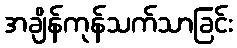
အချိန်ကုန်သက်သာခြင်း